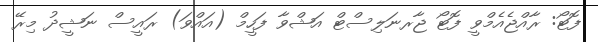
ފޮޓޯ: ރާއްޖެއެމްވީ ފޮޓޯ ޖާރނަލިސްޓް އަޝްވާ ފަހީމް (އައްވަ) ރައީސް ނަޝީދު މިރޭ